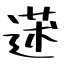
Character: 蒁